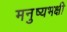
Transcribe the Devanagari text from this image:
मनुष्यभक्षी